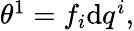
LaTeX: \begin{array}{r}{\theta^{1}=f_{i}\mathrm{d}q^{i},}\end{array}